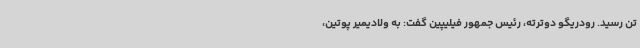
تن رسید. رودریگو دوترته، رئیس جمهور فیلیپین گفت: به ولادیمیر پوتین،